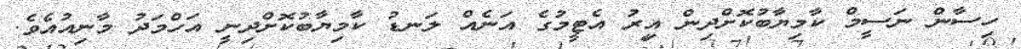
ހިސާން ނަސީމް ކާމިޔާބުކޮށްދިން އިރު އެޓީމުގެ އަނެއް ލަނޑު ކާމިޔާބުކޮށްދިނީ އަހްމަދު މާނިއުއެވެ.